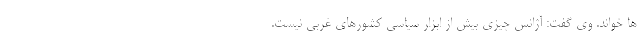
ها خواند. وی گفت: آژانس چیزی بیش از ابزار سیاسی کشورهای غربی نیست.